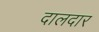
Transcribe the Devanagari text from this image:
दालदार